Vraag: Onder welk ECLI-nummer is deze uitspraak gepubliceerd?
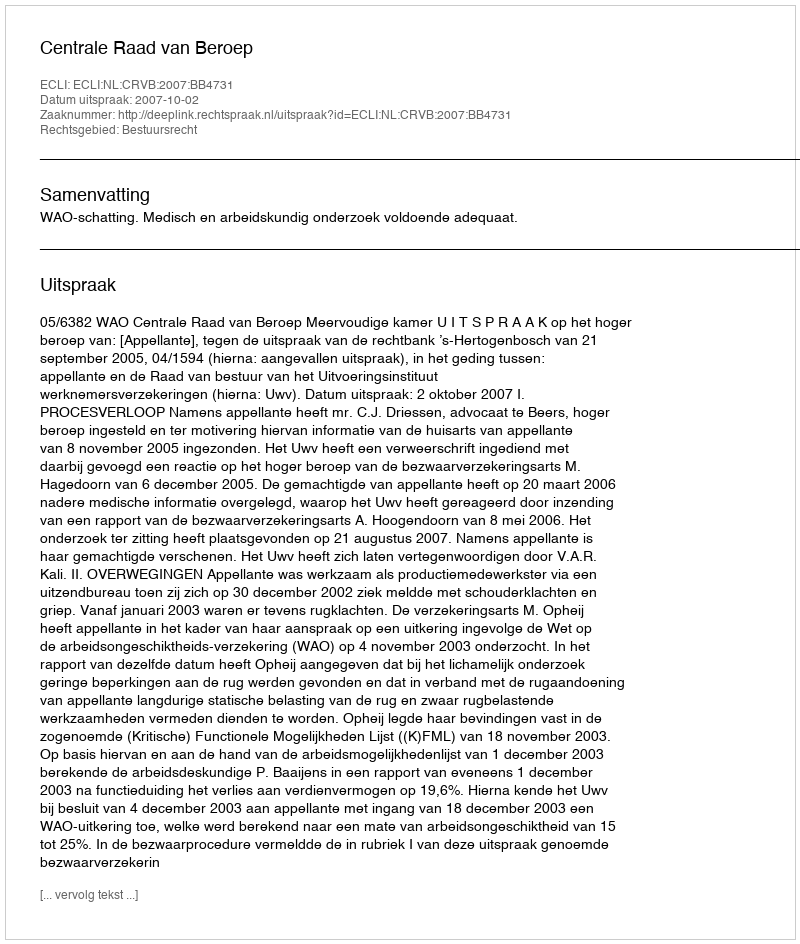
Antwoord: ECLI:NL:CRVB:2007:BB4731